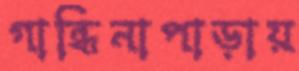
গান্ধিনাপাড়ায়